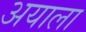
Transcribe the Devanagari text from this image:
अयाला